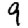
Digit: 9